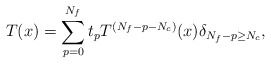
\begin{align*}T(x)=\sum_{p=0}^{N_f}t_pT^{(N_f-p-N_c)}(x) \delta_{N_f-p\geq N_c},\end{align*}